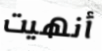
أنهيت